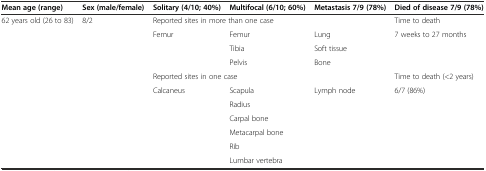
<table><thead><tr><td><b>Mean age (range)</b></td><td><b>Sex (male/female)</b></td><td><b>Solitary (4/10; 40%)</b></td><td><b>Multifocal (6/10; 60%)</b></td><td><b>Metastasis 7/9 (78%)</b></td><td><b>Died of disease 7/9 (78%)</b></td></tr></thead><tbody><tr><td rowspan="10">62 years old (26 to 83)</td><td rowspan="10">8/2</td><td colspan="3">Reported sites in more than one case</td><td>Time to death</td></tr><tr><td rowspan="3">Femur</td><td>Femur</td><td>Lung</td><td rowspan="3">7 weeks to 27 months</td></tr><tr><td>Tibia</td><td>Soft tissue</td></tr><tr><td>Pelvis</td><td>Bone</td></tr><tr><td colspan="3">Reported sites in one case</td><td>Time to death (&lt;2 years)</td></tr><tr><td rowspan="6">Calcaneus</td><td>Scapula</td><td rowspan="6">Lymph node</td><td rowspan="6">6/7 (86%)</td></tr><tr><td>Radius</td></tr><tr><td>Carpal bone</td></tr><tr><td>Metacarpal bone</td></tr><tr><td>Rib</td></tr><tr><td></td><td></td><td>Lumbar vertebra</td></tr></tbody></table>